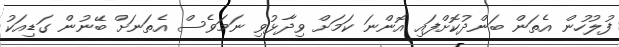
ފުލުހުން އެތަން ބަންދުކޮށްފައި އޮންނަ ކަމަށް ވިދާޅުވި ނަމަވެސް އެތަނަށް ބޭނުން ގަޑިއަކު